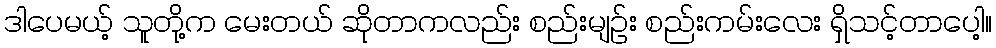
ဒါပေမယ့် သူတို့က မေးတယ် ဆိုတာကလည်း စည်းမျဉ်း စည်းကမ်းလေး ရှိသင့်တာပေါ့။